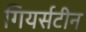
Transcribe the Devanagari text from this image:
गियर्सटीन